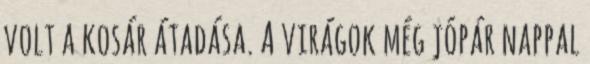
volt a kosár átadása. A virágok még jópár nappal